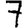
Digit: 7